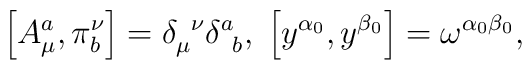
\left[ A_{\mu }^{a},\pi _{b}^{\nu }\right] =\delta _{\mu }^{\;\;\nu }\delta_{\;\;b}^{a},\;\left[ y^{\alpha _{0}},y^{\beta _{0}}\right] =\omega ^{\alpha_{0}\beta _{0}},